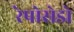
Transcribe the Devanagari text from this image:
रेपोसेडो